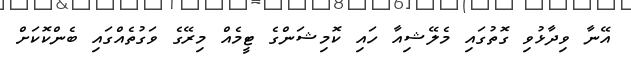
އޭނާ ވިދާޅުވި ގޮތުގައި މެލޭޝިއާ ހައި ކޮމިޝަންގެ ޓީމެއް މިރޭގެ ވަގުތެއްގައި ބެންކޮކަށް